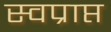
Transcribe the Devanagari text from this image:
स्वप्राप्त